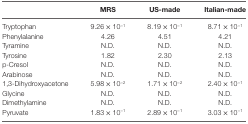
<table><thead><tr><td></td><td><b>MRS</b></td><td><b>US-made</b></td><td><b>Italian-made</b></td></tr></thead><tbody><tr><td>Tryptophan</td><td>9.26 × 10<sup>−1</sup></td><td>8.19 × 10<sup>−1</sup></td><td>8.71 × 10<sup>−1</sup></td></tr><tr><td>Phenylalanine</td><td>4.26</td><td>4.51</td><td>4.21</td></tr><tr><td>Tyramine</td><td>N.D.</td><td>N.D.</td><td>N.D.</td></tr><tr><td>Tyrosine</td><td>1.82</td><td>2.30</td><td>2.13</td></tr><tr><td>p-Cresol</td><td>N.D.</td><td>N.D.</td><td>N.D.</td></tr><tr><td>Arabinose</td><td>N.D.</td><td>N.D.</td><td>N.D.</td></tr><tr><td>1,3-Dihydroxyacetone</td><td>5.98 × 10<sup>−2</sup></td><td>1.71 × 10<sup>−2</sup></td><td>2.40 × 10<sup>−1</sup></td></tr><tr><td>Glycine</td><td>N.D.</td><td>N.D.</td><td>N.D.</td></tr><tr><td>Dimethylamine</td><td>N.D.</td><td>N.D.</td><td>N.D.</td></tr><tr><td>Pyruvate</td><td>1.83 × 10<sup>−1</sup></td><td>2.89 × 10<sup>−1</sup></td><td>3.03 × 10<sup>−1</sup></td></tr></tbody></table>